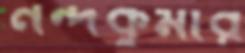
নন্দকুমার